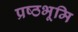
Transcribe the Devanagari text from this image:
प्रष्‍ठभूमि